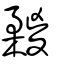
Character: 𣟮